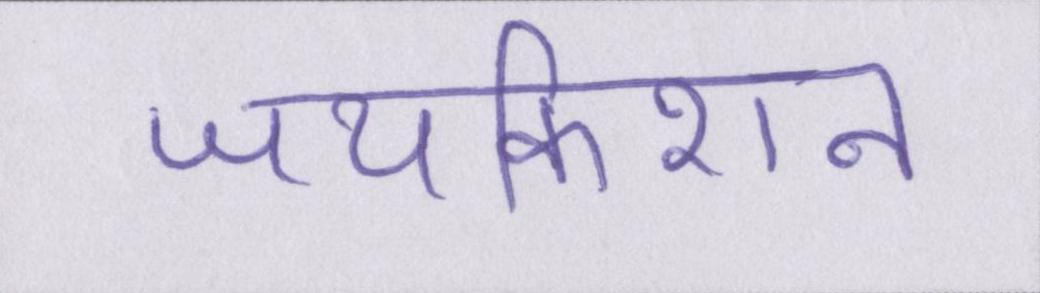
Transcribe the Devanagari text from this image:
जयकिशन